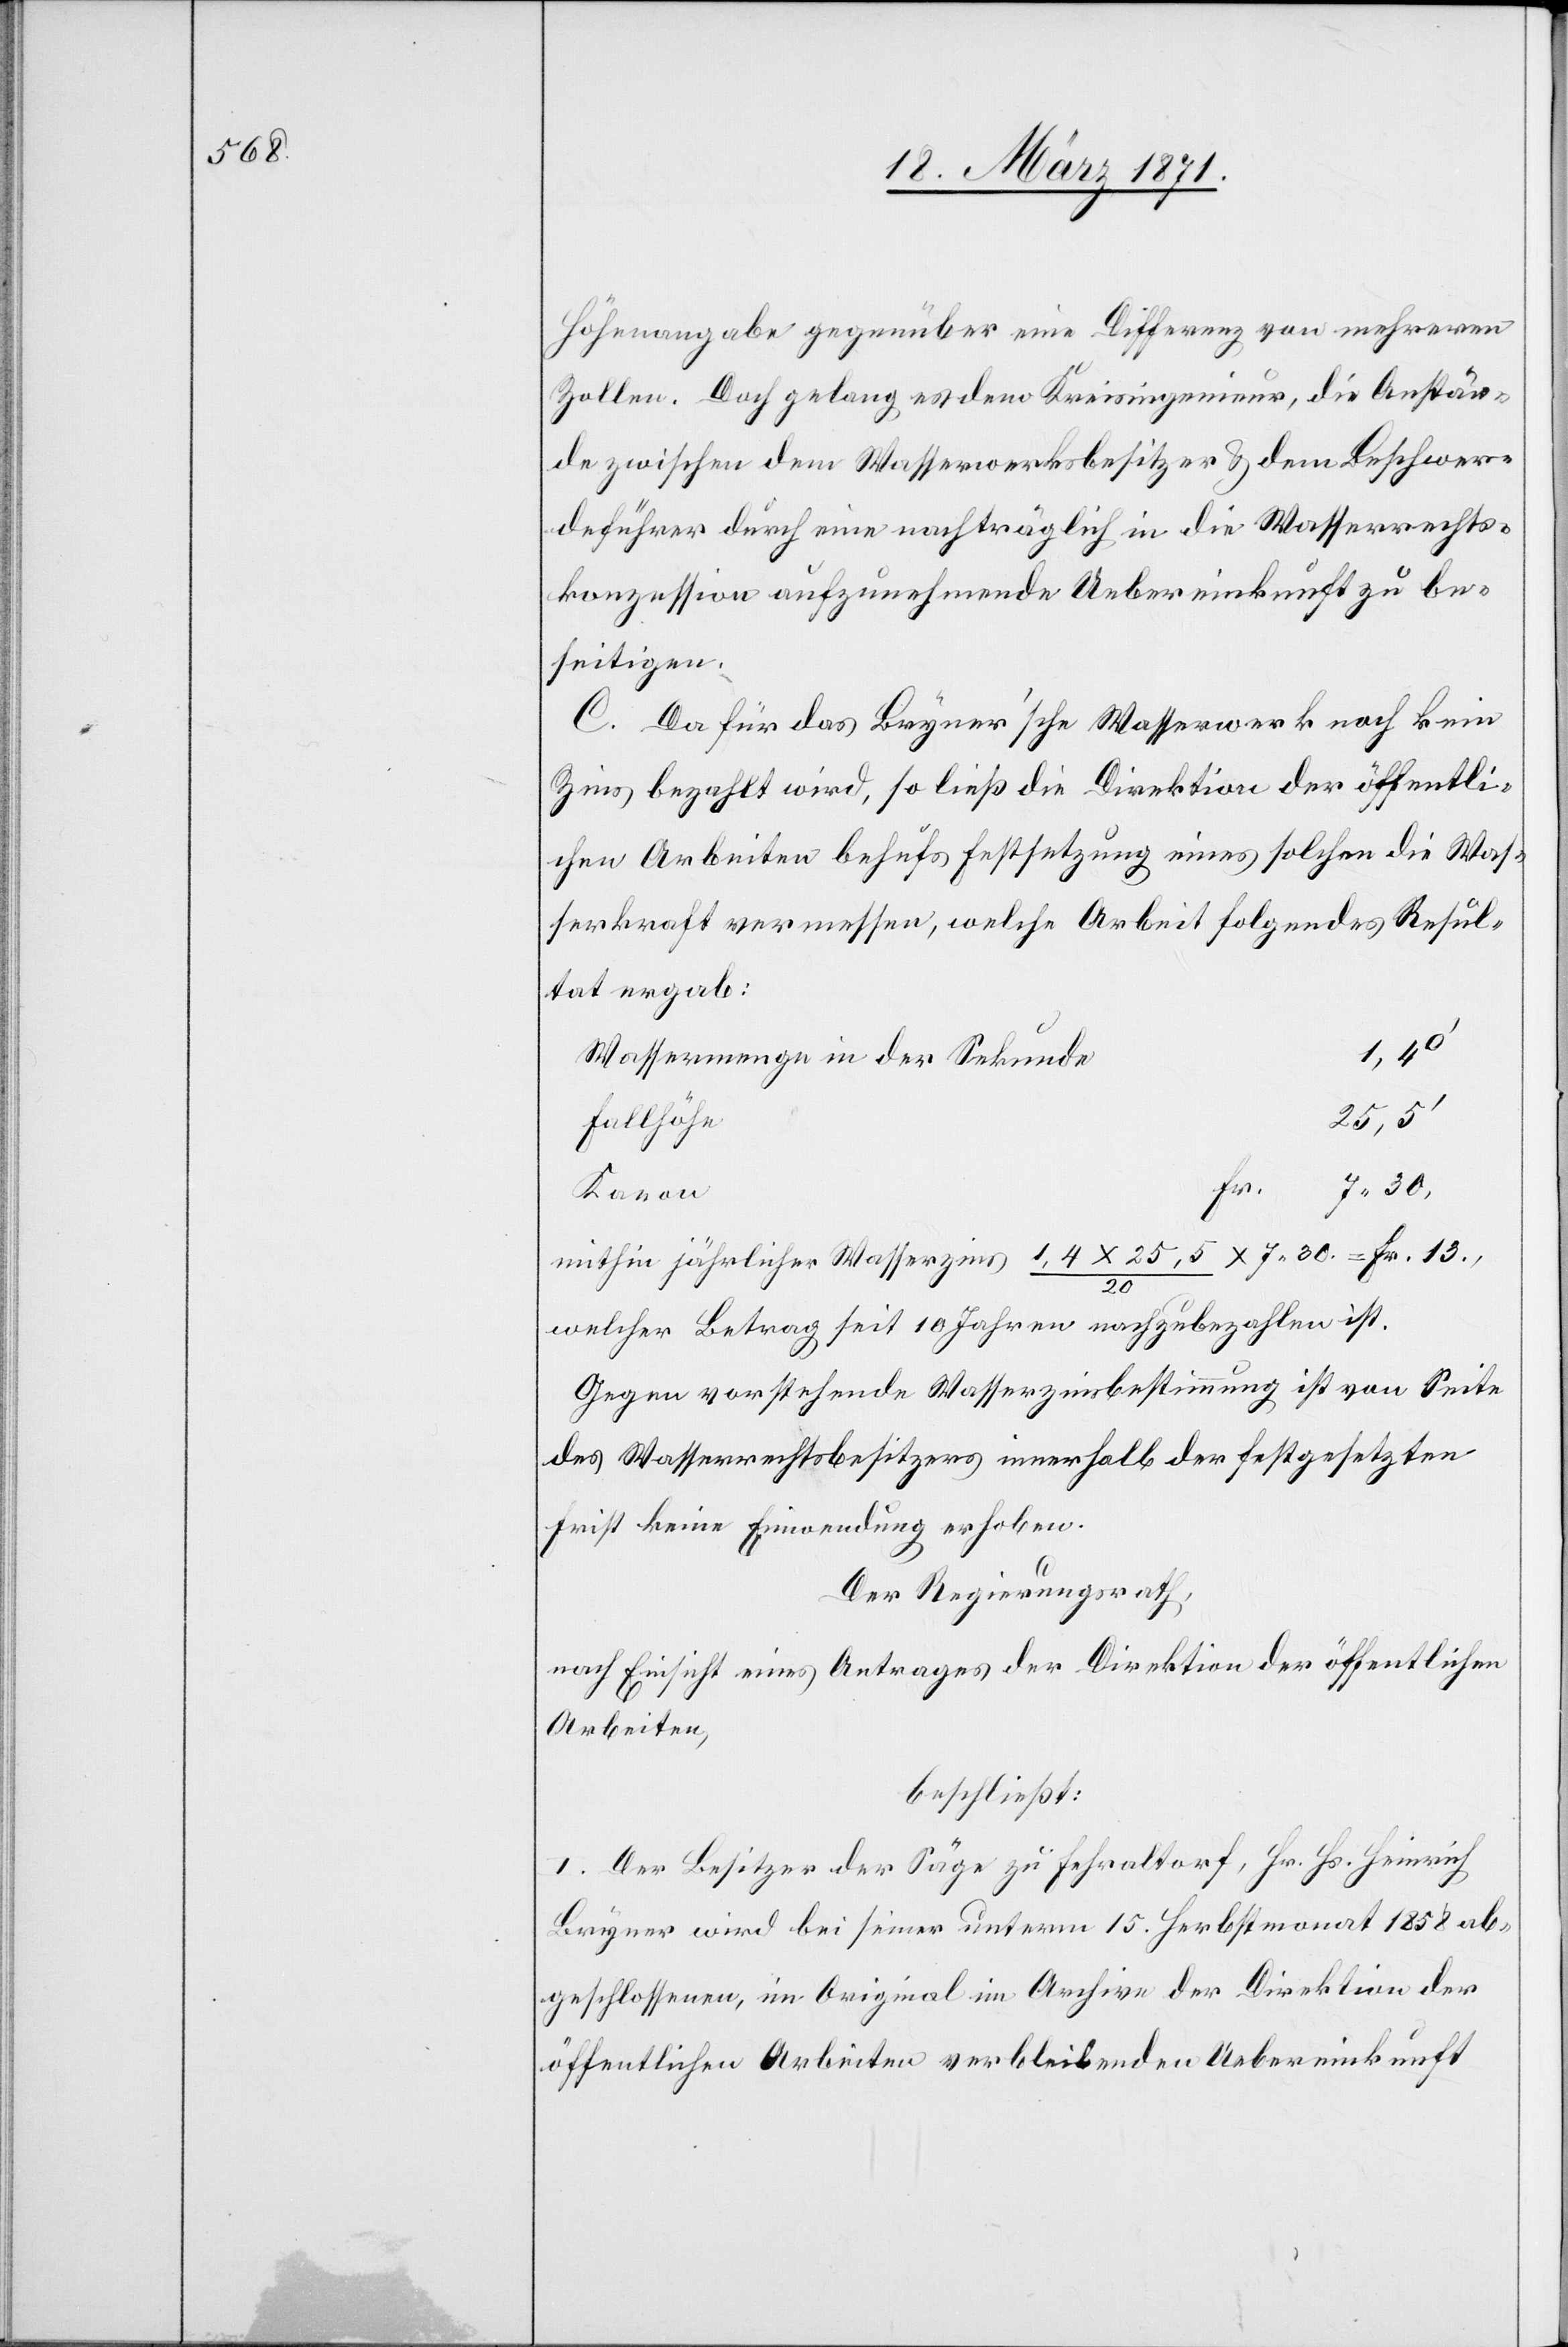
Höhenangabe gegenüber eine Differenz von mehreren
Zollen. Doch gelang es dem Kreisingenieur, die Anstän¬
de zwischen dem Wasserwerksbesitzer u. dem Beschwer¬
deführer durch eine nachträglich in die Wasserrechts¬
konzession aufzunehmende Uebereinkunft zu be¬
seitigen.
C. Da für das Bryner’sche Wasserwerk noch kein
Zins bezahlt wird, so ließ die Direktion der öffentli¬
chen Arbeiten behufs Festsetzung eines solchen die Was¬
serkraft vermessen, welche Arbeit folgendes Resul¬
tat ergab:
1,4o‘
Wassermenge in der Sekunde
25,5‘
Fallhöhe
7.30.
Fr.
Kanon
mithin jährlicher Wasserzins 1,4 x 25,5 / 20 x 7.30 = Fr. 13.,
welcher Betrag seit 10 Jahren nachzubezahlen ist.
Gegen vorstehende Wasserzinsbestimmung ist von Seite
des Wasserrechtsbesitzers innerhalb der festgesetzten
Frist keine Einwendung erhoben.
Der Regierungsrath,
nach Einsicht eines Antrages der Direktion der öffentlichen
Arbeiten,
beschließt:
I. Der Besitzer der Säge zu Fehraltorf, Hr. Hs. Heinrich
Bryner wird bei seiner unterm 15. Herbstmonat 1858 ab¬
geschlossenen, im Original im Archive der Direktion der
öffentlichen Arbeiten verbleibenden Uebereinkunft